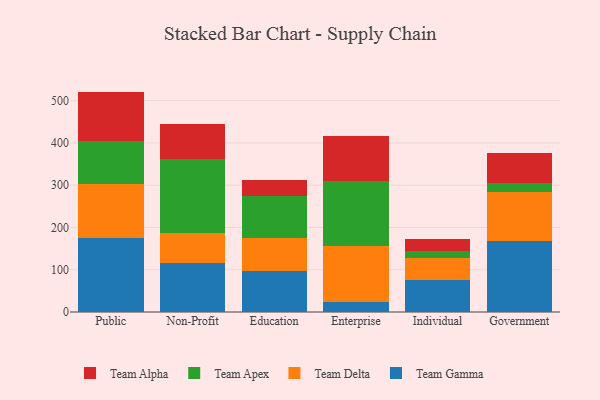
{"axis": {"x": "Segment", "y": "Satisfaction Score"}, "legend": ["Team Alpha", "Team Apex", "Team Delta", "Team Gamma"], "data": [{"x": "Public", "y": 174.1, "type": "Team Gamma"}, {"x": "Public", "y": 127.5, "type": "Team Delta"}, {"x": "Public", "y": 101.7, "type": "Team Apex"}, {"x": "Public", "y": 118.0, "type": "Team Alpha"}, {"x": "Non-Profit", "y": 116.4, "type": "Team Gamma"}, {"x": "Non-Profit", "y": 69.7, "type": "Team Delta"}, {"x": "Non-Profit", "y": 176.4, "type": "Team Apex"}, {"x": "Non-Profit", "y": 82.8, "type": "Team Alpha"}, {"x": "Education", "y": 96.6, "type": "Team Gamma"}, {"x": "Education", "y": 78.2, "type": "Team Delta"}, {"x": "Education", "y": 100.0, "type": "Team Apex"}, {"x": "Education", "y": 37.8, "type": "Team Alpha"}, {"x": "Enterprise", "y": 23.2, "type": "Team Gamma"}, {"x": "Enterprise", "y": 134.1, "type": "Team Delta"}, {"x": "Enterprise", "y": 151.6, "type": "Team Apex"}, {"x": "Enterprise", "y": 108.1, "type": "Team Alpha"}, {"x": "Individual", "y": 75.8, "type": "Team Gamma"}, {"x": "Individual", "y": 51.4, "type": "Team Delta"}, {"x": "Individual", "y": 16.0, "type": "Team Apex"}, {"x": "Individual", "y": 29.9, "type": "Team Alpha"}, {"x": "Government", "y": 168.7, "type": "Team Gamma"}, {"x": "Government", "y": 115.9, "type": "Team Delta"}, {"x": "Government", "y": 21.1, "type": "Team Apex"}, {"x": "Government", "y": 70.4, "type": "Team Alpha"}]}